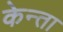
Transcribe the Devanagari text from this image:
केन्ता